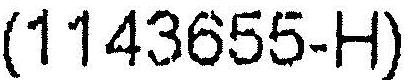
(1143655-H)